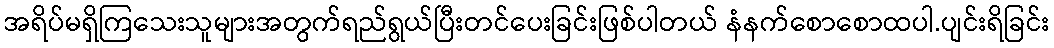
အရိပ်မရှိကြသေးသူများအတွက်ရည်ရွယ်ပြီးတင်ပေးခြင်းဖြစ်ပါတယ် နံနက်စောစောထပါ.ပျင်းရိခြင်း